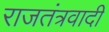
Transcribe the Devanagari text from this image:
राजतंत्रवादी